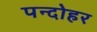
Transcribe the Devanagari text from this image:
पन्दोहर